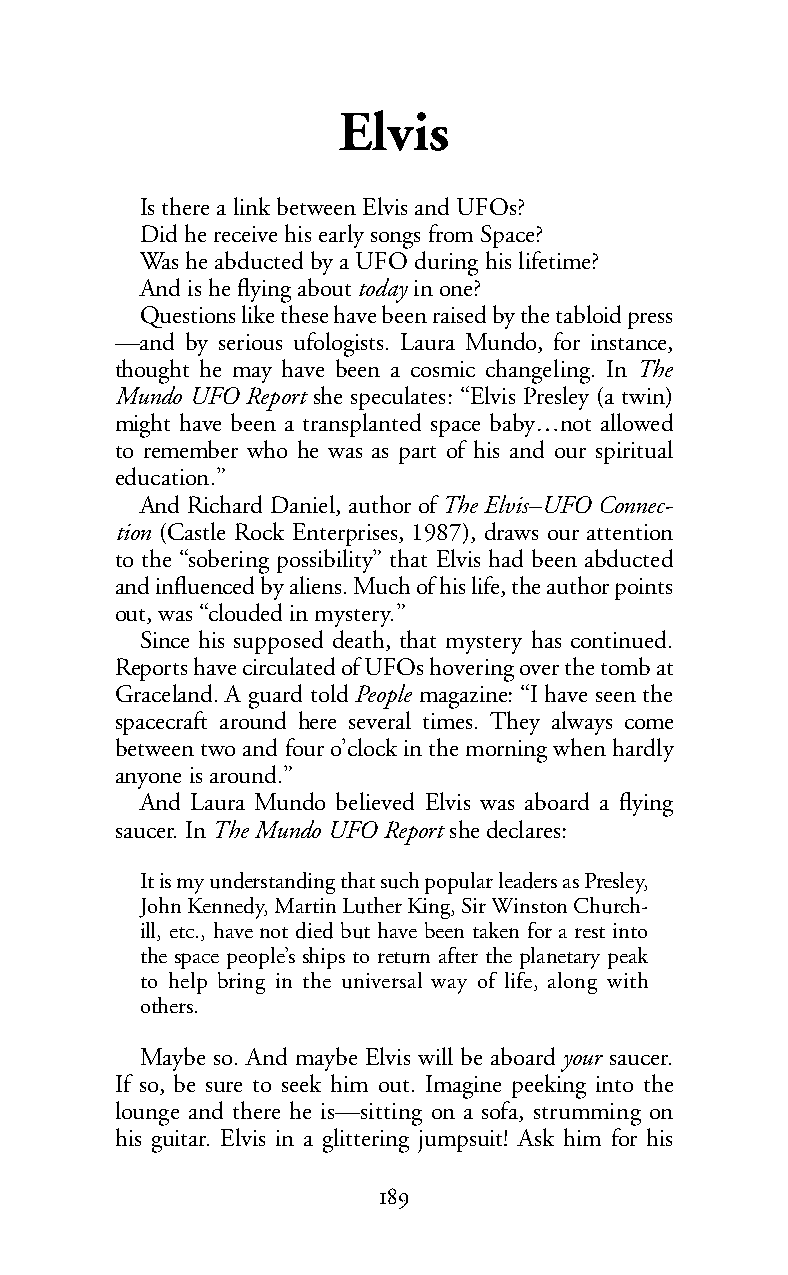
Elvis
 Is there a link between Elvis and UFOs?
 Did he receive his early songs from Space?
 Was he abducted by a UFO during his lifetime?
 And is he flying abouttoday in one?
 Questions like these have been raised by the tabloid press
 —and by serious ufologists. Laura Mundo, for instance,
 thought he may have been a cosmic changeling. In The
 Mundo UFO Report she speculates: “Elvis Presley (a twin)
 might have been a transplanted space baby…not allowed
 to remember who he was as part of his and our spiritual
 education.”
 And Richard Daniel, author ofThe Elvis–UFO Connec-
 tion (Castle Rock Enterprises, 1987), draws our attention
 to the “sobering possibility” that Elvis had been abducted
 and influenced by aliens. Much of his life, the author points
 out, was “clouded in mystery.”
 Since his supposed death, that mystery has continued.
 Reports have circulated of UFOs hovering over the tomb at
 Graceland. A guard toldPeople magazine: “I have seen the
 spacecraft around here several times. They always come
 between two and four o’clock in the morning when hardly
 anyone is around.”
 And Laura Mundo believed Elvis was aboard a flying
 saucer.InTheMundo UFO Report shedeclares:
 Itis my understanding that such popular leaders as Presley,
 John Kennedy, Martin Luther King, Sir Winston Church-
 ill, etc., have not died but have been taken for a rest into
 the space people’s ships to return after the planetary peak
 to help bring in the universal way of life, along with
 others.
 Maybe so. And maybe Elvis will be aboardyour saucer.
 If so, be sure to seek him out. Imagine peeking into the
 lounge and there he is—sitting on a sofa, strumming on
 his guitar. Elvis in a glittering jumpsuit! Ask him for his
 